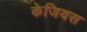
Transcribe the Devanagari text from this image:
केजियस